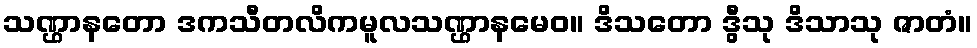
သဏ္ဌာနတော ဒကသီတလိကမူလသဏ္ဌာနမေဝ။ ဒိသတော ဒွီသု ဒိသာသု ဇာတံ။